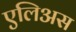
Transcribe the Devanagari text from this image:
एलिअस